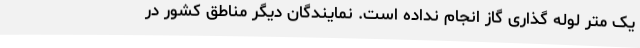
یک متر لوله گذاری گاز انجام نداده است. نمایندگان دیگر مناطق کشور در